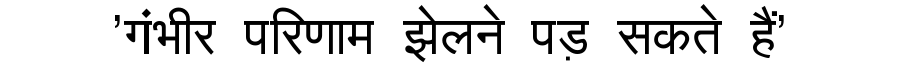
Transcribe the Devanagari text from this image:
'गंभीर परिणाम झेलने पड़ सकते हैं'